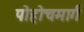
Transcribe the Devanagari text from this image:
पोहोचमार्ग